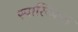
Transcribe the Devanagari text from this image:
स्पास्टिकस